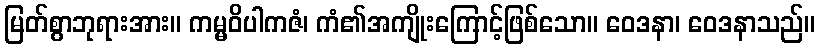
မြတ်စွာဘုရားအား။ ကမ္မဝိပါကဇံ၊ ကံ၏အကျိုးကြောင့်ဖြစ်သော။ ဝေဒနာ၊ ဝေဒနာသည်။